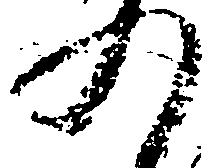
の